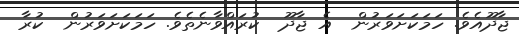
ޖާދޫއެވެ. ހަމަކަށަވަރުން  އެ ޖާދޫ  ކުރައްވާނެތެވެ. ހަމަކަށަވަރުން  ކުރާ